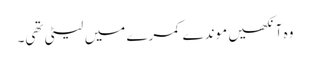
وہ آنکھیں موندے کمرے میں لیٹی تھی۔